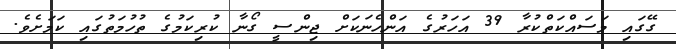
ގޭގައި މަސައްކަތްކުރާ 39 އަހަރުގެ އަންހެނަކަށް ޖިންސީ ގޯނާ ކުރިކަމުގެ ތުހުމަތުގައި ކަމަށެވެ.